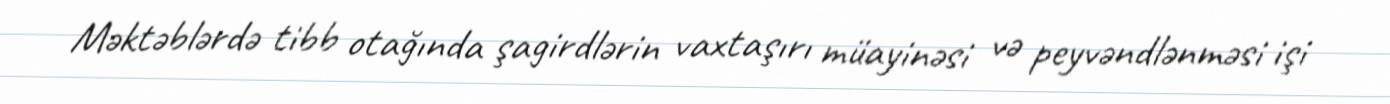
Məktəblərdə tibb otağında şagirdlərin vaxtaşırı müayinəsi və peyvəndlənməsi işi